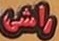
راشی